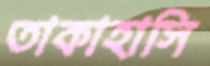
তাকাহাসি